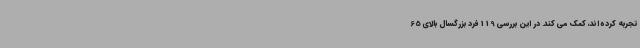
تجربه کرده اند، کمک می کند. در این بررسی 119 فرد بزرگسال بالای 65